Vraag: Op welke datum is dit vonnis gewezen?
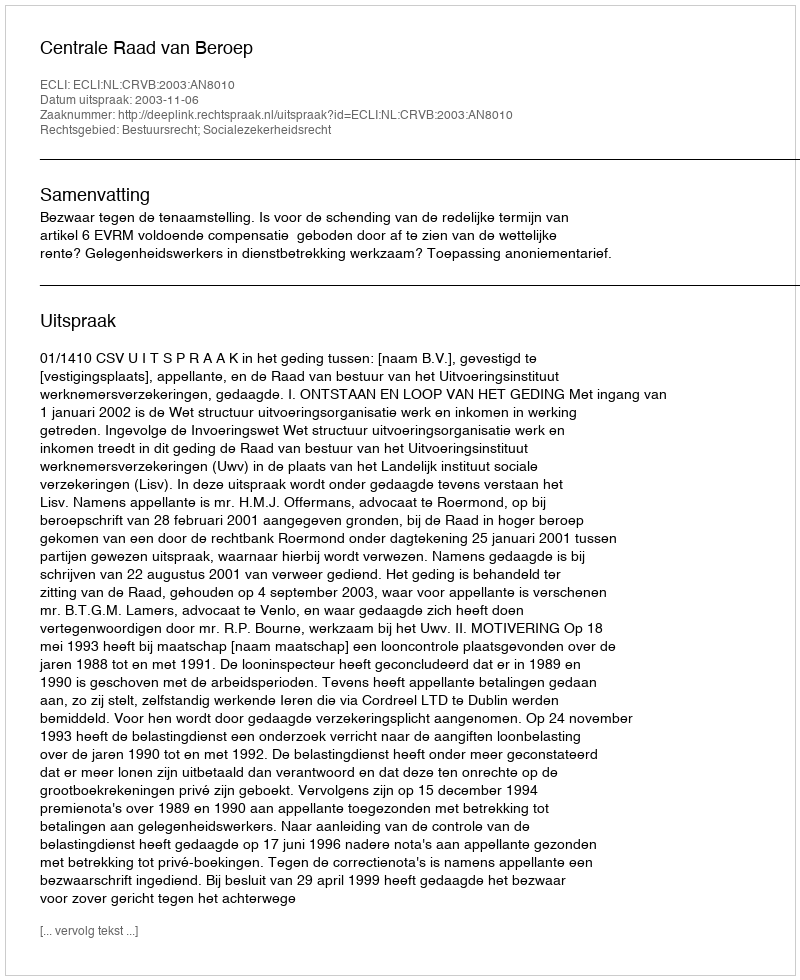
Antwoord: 2003-11-06